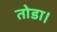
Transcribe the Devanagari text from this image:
तोडा।